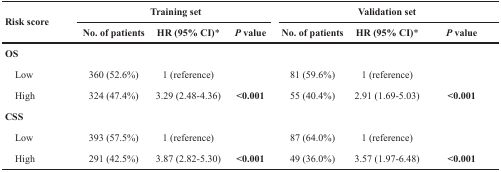
<table><thead><tr><td rowspan="2"><b>Risk score</b></td><td colspan="3"><b>Training set</b></td><td colspan="3"><b>Validation set</b></td></tr><tr><td><b>No. of patients</b></td><td><b>HR (95% CI)*</b></td><td><b><i>P</i> value</b></td><td><b>No. of patients</b></td><td><b>HR (95% CI)*</b></td><td><b><i>P</i> value</b></td></tr></thead><tbody><tr><td><b>OS</b></td><td></td><td></td><td></td><td></td><td></td><td></td></tr><tr><td> Low</td><td>360 (52.6%)</td><td>1 (reference)</td><td></td><td>81 (59.6%)</td><td>1 (reference)</td><td></td></tr><tr><td> High</td><td>324 (47.4%)</td><td>3.29 (2.48-4.36)</td><td><b>&lt;0.001</b></td><td>55 (40.4%)</td><td>2.91 (1.69-5.03)</td><td><b>&lt;0.001</b></td></tr><tr><td><b>CSS</b></td><td></td><td></td><td></td><td></td><td></td><td></td></tr><tr><td> Low</td><td>393 (57.5%)</td><td>1 (reference)</td><td></td><td>87 (64.0%)</td><td>1 (reference)</td><td></td></tr><tr><td> High</td><td>291 (42.5%)</td><td>3.87 (2.82-5.30)</td><td><b>&lt;0.001</b></td><td>49 (36.0%)</td><td>3.57 (1.97-6.48)</td><td><b>&lt;0.001</b></td></tr></tbody></table>